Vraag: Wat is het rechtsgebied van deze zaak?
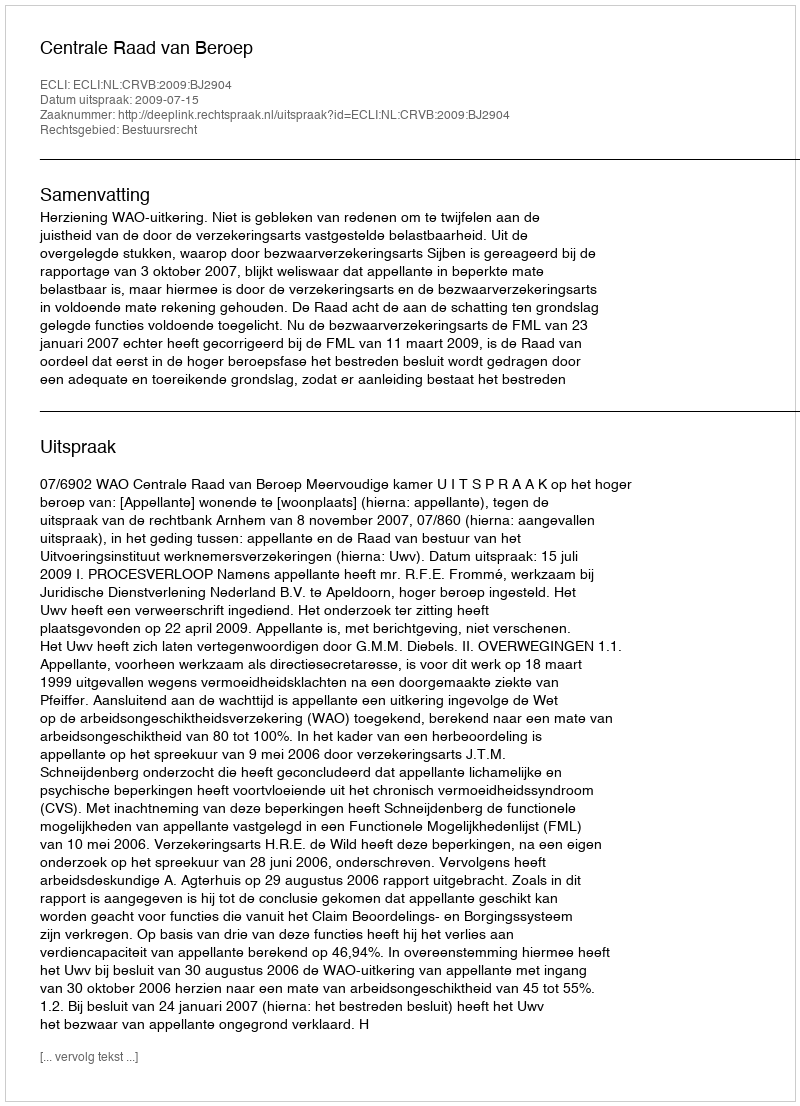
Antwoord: Bestuursrecht